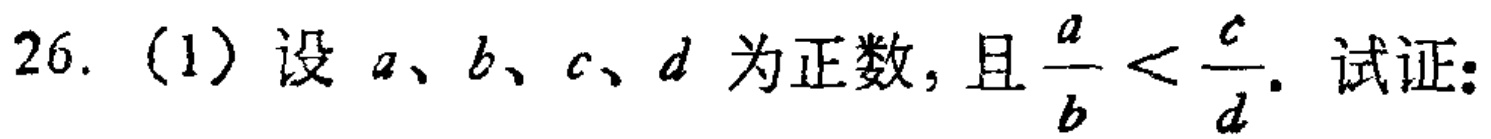
26. (1) 设 \(a\)、\(b\)、\(c\)、\(d\) 为正数, 且 \(\frac{a}{b}<\frac{c}{d}\). 试证: